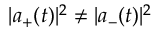
| a _ { + } ( t ) | ^ { 2 } \neq | a _ { - } ( t ) | ^ { 2 }